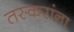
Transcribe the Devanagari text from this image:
तस्करांना